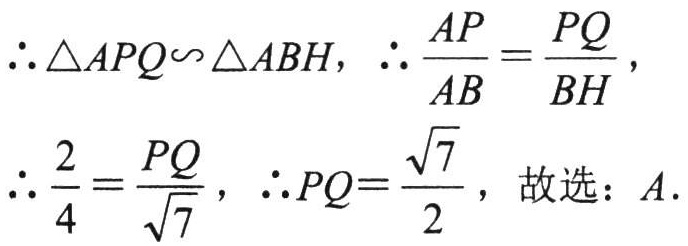
\(\therefore \triangle APQ\backsim \triangle ABH, \therefore \frac{AP}{AB}=\frac{PQ}{BH},\)

\(\therefore \frac{2}{4}=\frac{PQ}{\sqrt{7}}, \therefore PQ = \frac{\sqrt{7}}{2},\) 故选：\(A\).